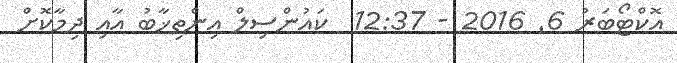
އޮކްޓޯބަރު 6